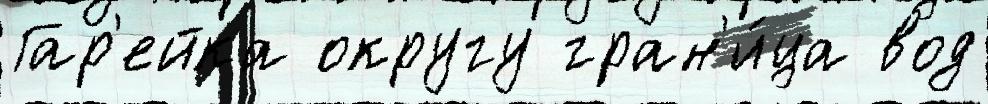
Гар'ейка округу гран'и́ца вод